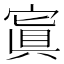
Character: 寘